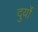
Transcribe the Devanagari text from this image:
दुर्यो